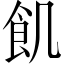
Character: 飢